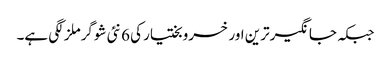
جبکہ جانگیرترین اور خسرو بختیار کی 6 نئی شوگرملز لگی ہے۔